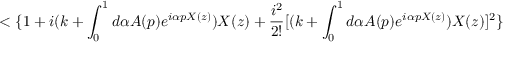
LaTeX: < \{ 1 + i ( k + \int _ { 0 } ^ { 1 } d \alpha A ( p ) e ^ { i \alpha p X ( z ) } ) X ( z ) + \frac { i ^ { 2 } } { 2 ! } [ ( k + \int _ { 0 } ^ { 1 } d \alpha A ( p ) e ^ { i \alpha p X ( z ) } ) X ( z ) ] ^ { 2 } \}